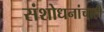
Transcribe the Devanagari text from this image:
संशोधनांचाही